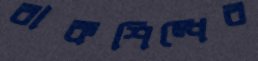
বাকশিল্পের